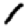
Digit: 1